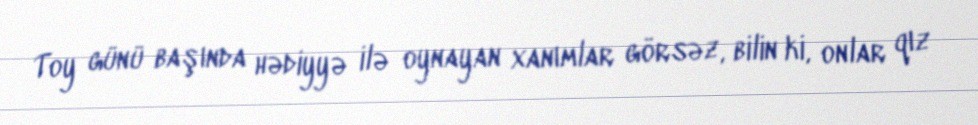
Toy günü başında hədiyyə ilə oynayan xanımlar görsəz, bilin ki, onlar qız